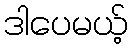
ဒါပေမယ့်